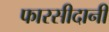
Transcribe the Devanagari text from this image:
फारसीदानी